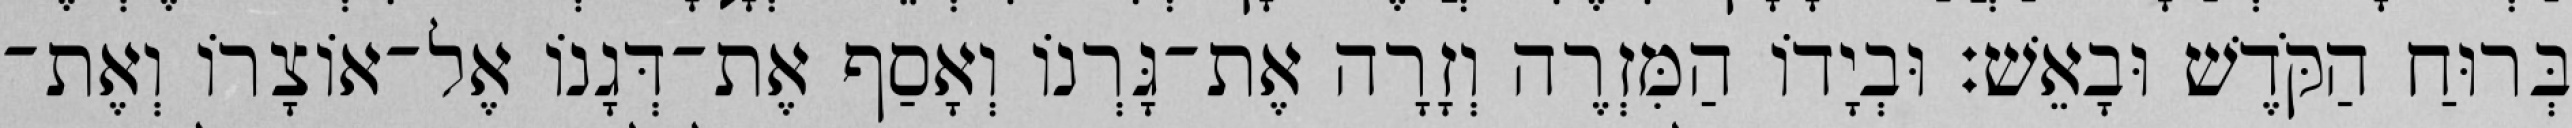
בְּרוּחַ הַקֹּדֶשׁ וּבָאֵשׁ׃ וּבְיָדוֹ הַמִּזְרֶה וְזָרָה אֶת־גָּרְנוֹ וְאָסַף אֶת־דְּגָנוֹ אֶל־אוֹצָרוֹ וְאֶת־